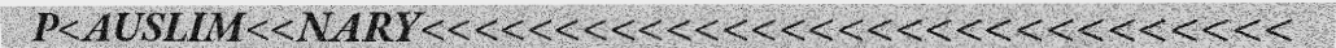
P<AUSLIM<<NARY<<<<<<<<<<<<<<<<<<<<<<<<<<<<<<